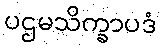
ပဌမသိက္ခာပဒံ